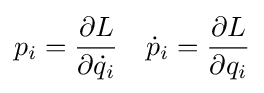
p_{i}={\frac {\partial L}{\partial {\dot {q}}_{i}}}\quad {\dot {p}}_{i}={\frac {\partial L}{\partial {q}_{i}}}